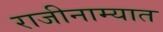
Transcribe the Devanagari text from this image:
राजीनाम्यात